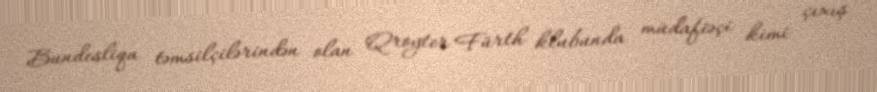
Bundesliqa təmsilçilərindən olan Qroyter Fürth klubunda müdafiəçi kimi çıxış